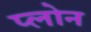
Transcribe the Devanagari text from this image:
प्लोन